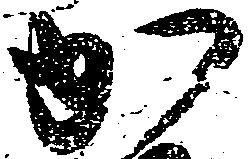
か